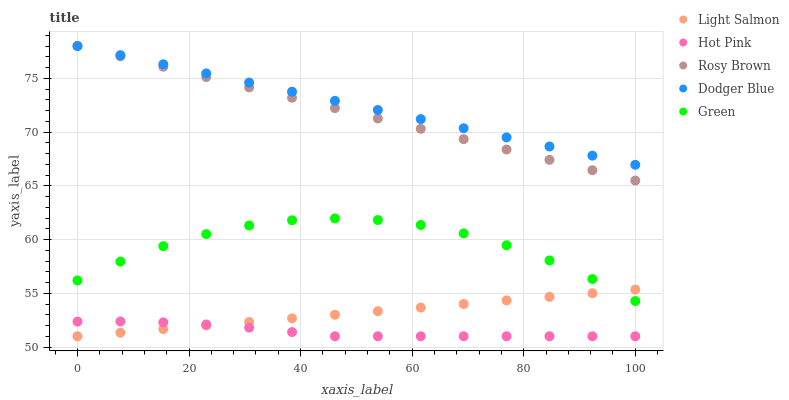
| xaxis_label | Light Salmon | Hot Pink | Rosy Brown | Dodger Blue | Green |
 | --- | --- | --- | --- | --- | --- |
 | 0 | 51 | 52.4 | 78 | 78 | 56.2 |
 | 7.69 | 51.3 | 52.4 | 77 | 77.2 | 57.9 |
 | 15.4 | 51.7 | 52.3 | 76.1 | 76.3 | 59.4 |
 | 23.1 | 52 | 52.1 | 75.1 | 75.5 | 60.5 |
 | 30.8 | 52.3 | 51.8 | 74.1 | 74.6 | 61.3 |
 | 38.5 | 52.7 | 51.4 | 73.2 | 73.8 | 61.8 |
 | 46.2 | 53 | 51 | 72.2 | 72.9 | 62 |
 | 53.8 | 53.3 | 51 | 71.3 | 72.1 | 61.8 |
 | 61.5 | 53.7 | 51 | 70.3 | 71.2 | 61.3 |
 | 69.2 | 54 | 51 | 69.3 | 70.4 | 60.6 |
 | 76.9 | 54.3 | 51 | 68.4 | 69.5 | 59.5 |
 | 84.6 | 54.7 | 51 | 67.4 | 68.7 | 58.1 |
 | 92.3 | 55 | 51 | 66.4 | 67.8 | 56.3 |
 | 100 | 55.3 | 51 | 65.5 | 67 | 54.3 |